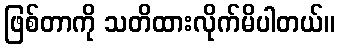
ဖြစ်တာကို သတိထားလိုက်မိပါတယ်။